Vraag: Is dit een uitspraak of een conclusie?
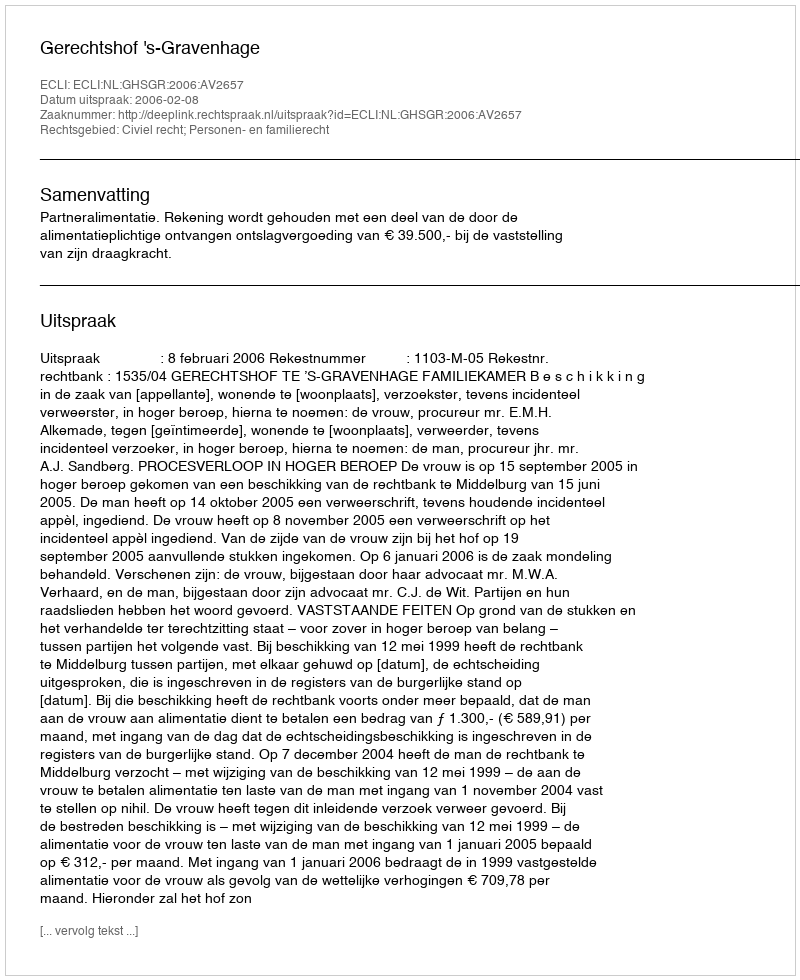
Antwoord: Uitspraak